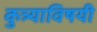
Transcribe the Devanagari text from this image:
कुत्र्याविषयी